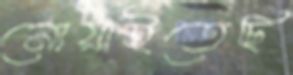
নোয়াইতেছি